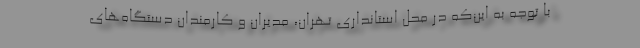
با توجه به این‌که در محل استانداری تهران، مدیران و کارمندان دستگاه‌های